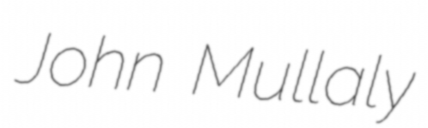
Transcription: John Mullaly